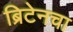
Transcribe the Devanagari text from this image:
ब्रिटेनचा